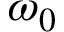
\omega _ { 0 }